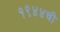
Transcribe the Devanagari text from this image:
१९४४ची